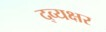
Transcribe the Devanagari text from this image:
द्व्यक्षर